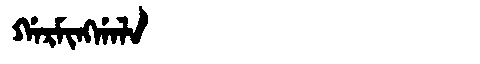
Manchu: ᡤᠠᡵᠮᡳᠩᡤᠠᠯᠠ
Romanization: GARMINGGALA